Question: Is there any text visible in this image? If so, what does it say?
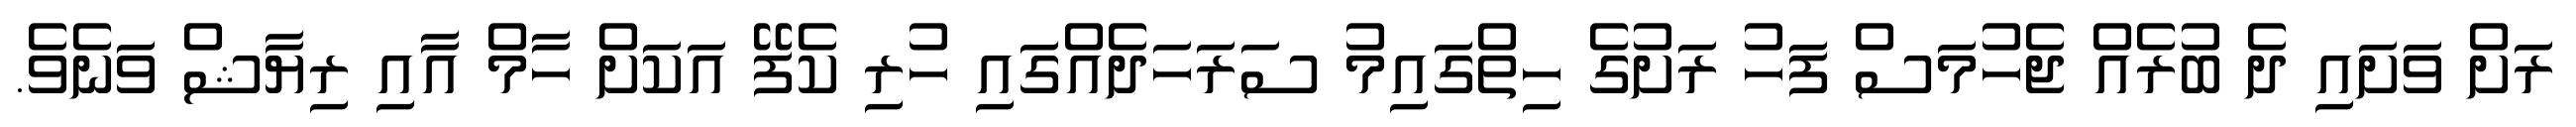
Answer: ރަށް ވަށައި ދެ ބުރެއް ޖެހުމަސް ފަހު ރަށުގެ ހިތްގައިމު ސަރަހަދެއްގައި ހުރި ކެފޭ އަކަށް ހާމް އާއި ރިޔާޝް ވަނެވެ.